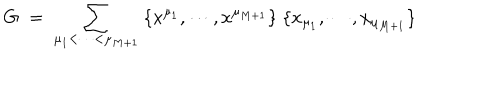
G \; = \; \sum _ { \mu _ { 1 } < \cdots < \mu _ { M + 1 } } \; \{ x ^ { \mu _ { 1 } } , \cdots , x ^ { \mu _ { M + 1 } } \} \; \{ x _ { \mu _ { 1 } } , \cdots , x _ { \mu _ { M + 1 } } \}